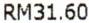
RM31.60